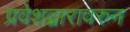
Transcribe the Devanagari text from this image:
प्रवेशद्वारावरुन